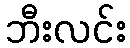
ဘီးလင်း